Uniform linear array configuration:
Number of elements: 64
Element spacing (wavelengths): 1
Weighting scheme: binomial
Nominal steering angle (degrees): -60
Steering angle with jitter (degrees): -61.853
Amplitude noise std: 0.05
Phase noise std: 0.05

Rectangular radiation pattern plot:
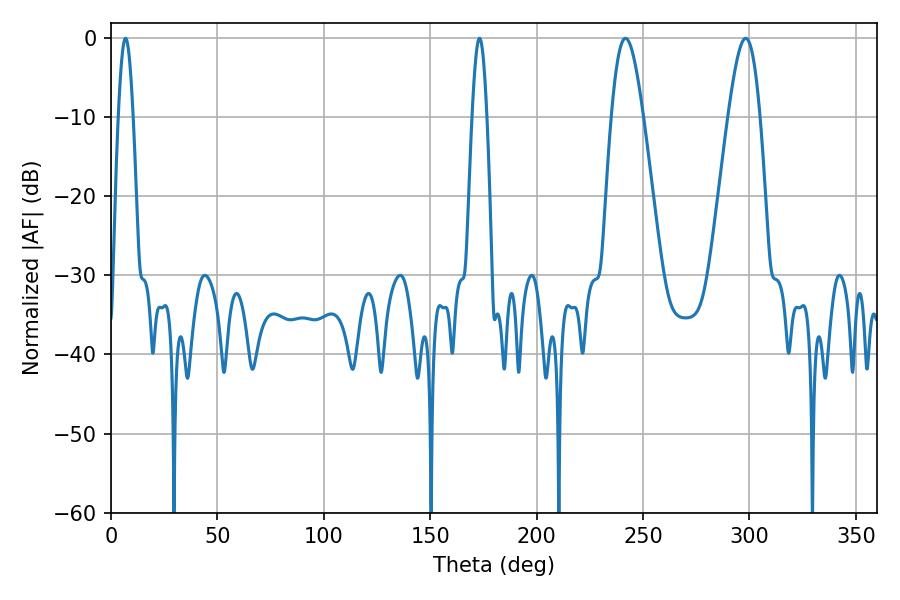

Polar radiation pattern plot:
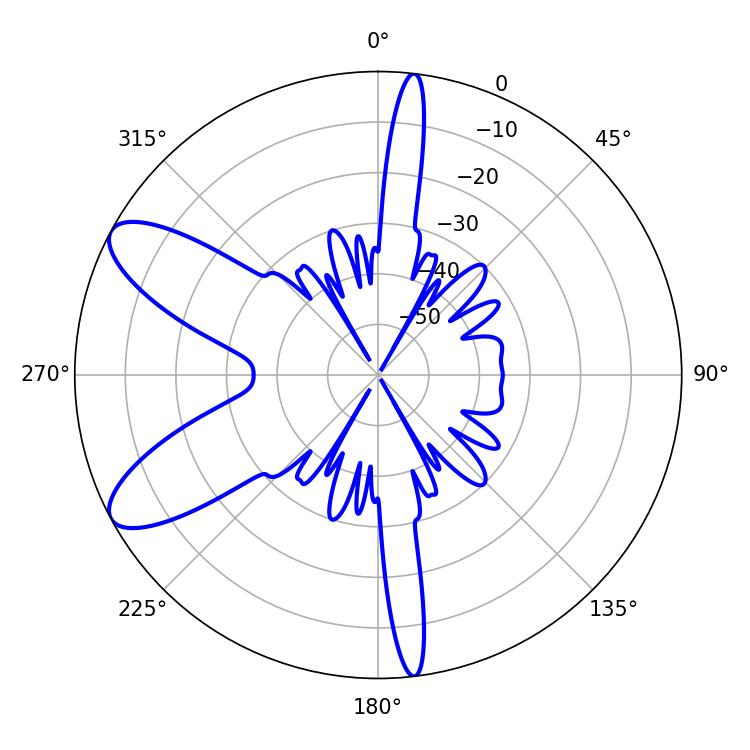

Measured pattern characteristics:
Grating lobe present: TRUE
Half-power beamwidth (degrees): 3.6
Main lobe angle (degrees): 6.84